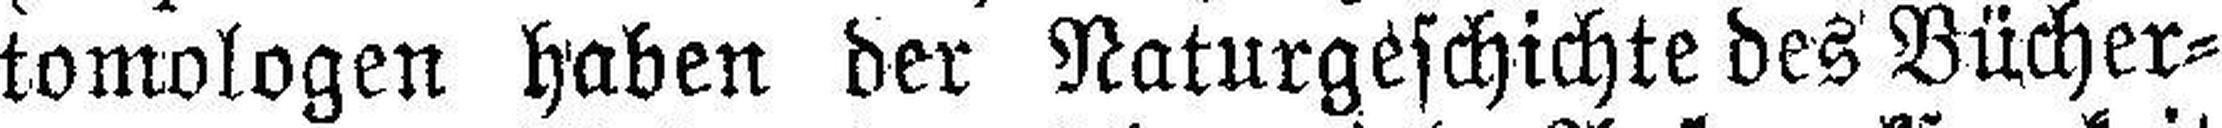
tomologen haben der Naturgeschichte des Bücher¬